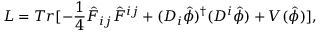
L = T r [ - \frac { 1 } { 4 } { \hat { F } } _ { i j } { \hat { F } } ^ { i j } + ( D _ { i } { \hat { \phi } } ) ^ { \dagger } ( D ^ { i } { \hat { \phi } } ) + V ( \hat { \phi } ) ] ,